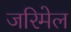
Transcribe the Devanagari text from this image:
जरिमेल